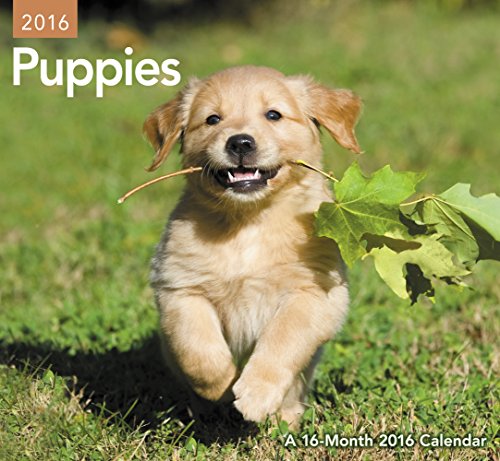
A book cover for Puppies Mini Wall Calendar (2016); Day Dream; Calendars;